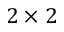
2 \times 2